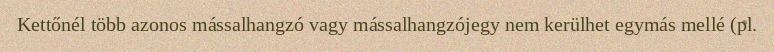
Kettőnél több azonos mássalhangzó vagy mássalhangzójegy nem kerülhet egymás mellé (pl.